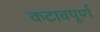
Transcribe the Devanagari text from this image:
कटावपूर्ण